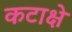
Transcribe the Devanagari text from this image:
कटाक्षे